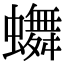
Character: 𬠴